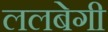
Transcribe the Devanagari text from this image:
ललबेगी